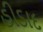
હીડાદ